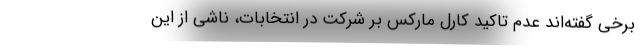
برخی گفته‌اند عدم تاکید کارل مارکس بر شرکت در انتخابات، ناشی از این